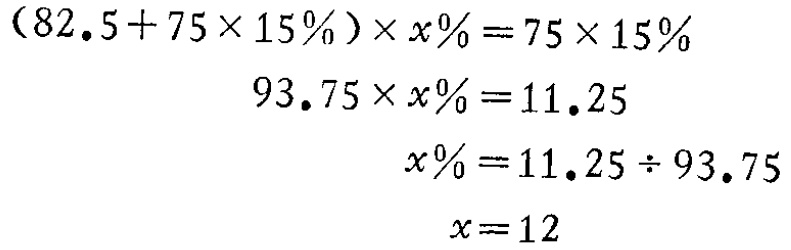
\[

\begin{align*}

(82.5 + 75\times15\%)\times x\%&=75\times15\%\\

93.75\times x\%&=11.25\\

x\%&=11.25\div93.75\\

x&=12

\end{align*}

\]